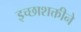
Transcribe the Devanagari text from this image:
इच्छाशक्तीने